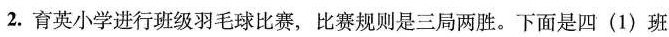
2.育英小学进行班级羽毛球比赛，比赛规则是三局两胜。下面是四(1)班